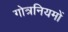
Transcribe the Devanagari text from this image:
गोत्रनियमों